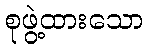
စုဖွဲ့ထားသော